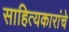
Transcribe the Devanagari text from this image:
साहित्यकारांचे